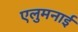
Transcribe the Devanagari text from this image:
एलुमनाई